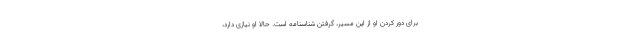
برای دور کردن او از این مسیر، گرفتن شناسنامه است. حالا او نیازی دارد،